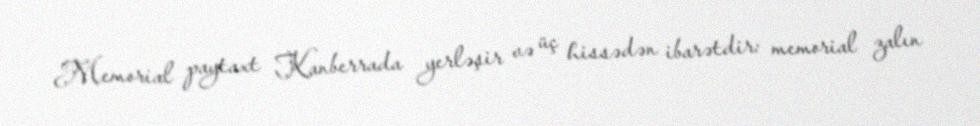
Memorial paytaxt Kanberrada yerləşir və üç hissədən ibarətdir: memorial zalın